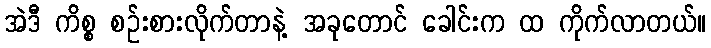
အဲဒီ ကိစ္စ စဉ်းစားလိုက်တာနဲ့ အခုတောင် ခေါင်းက ထ ကိုက်လာတယ်။